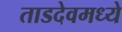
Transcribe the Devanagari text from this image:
ताडदेवमध्ये